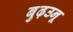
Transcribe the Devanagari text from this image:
बुढ़उनू